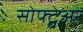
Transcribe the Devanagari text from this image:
सोफ्ट्वेअर